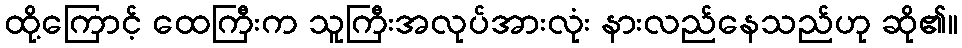
ထို့ကြောင့် ထေကြီးက သူကြီးအလုပ်အားလုံး နားလည်နေသည်ဟု ဆို၏။